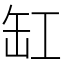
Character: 缸